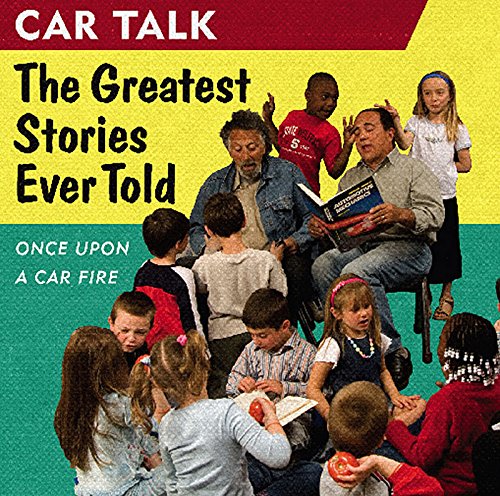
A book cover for Car Talk: The Greatest Stories Ever Told: Once Upon a Car Fire...; Tom Magliozzi; Humor & Entertainment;